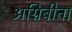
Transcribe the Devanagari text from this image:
अग्निबीना